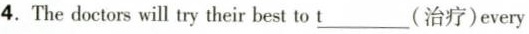
4.The doetors will ty their best to \underline{t}(治疗)every